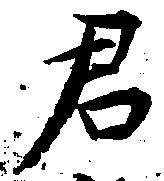
君